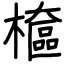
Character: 檶